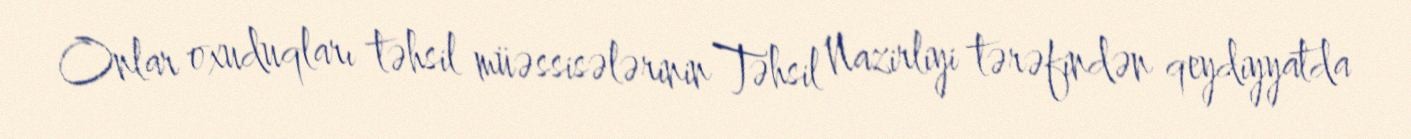
Onlar oxuduqları təhsil müəssisələrinin Təhsil Nazirliyi tərəfindən qeydiyyatda